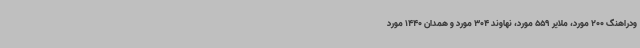
ودراهنگ 200 مورد، ملایر 559 مورد، نهاوند 304 مورد و همدان 1440 مورد